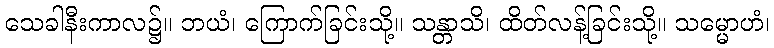
သေခါနီးကာလ၌။ ဘယံ၊ ကြောက်ခြင်းသို့။ သန္တာသိ၊ ထိတ်လန့်ခြင်းသို့။ သမ္မောဟံ၊